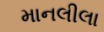
માનલીલા